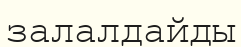
залалдайды